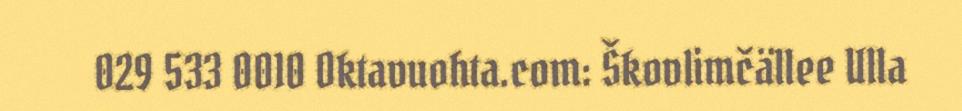
029 533 0010 Oktavuohta.com: Škovlimčällee Ulla